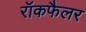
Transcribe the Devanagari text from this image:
रॉकफैलर